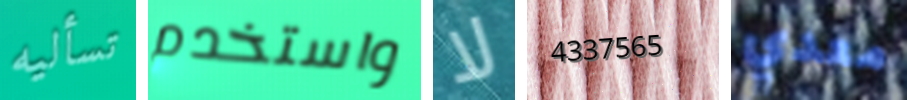
تسأليه واستخدم لا 4337565 معدي